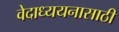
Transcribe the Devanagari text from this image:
वेदाध्ययनासाठी